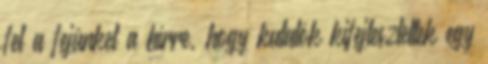
fel a fejünket a hírre, hogy kutatók kifejlesztettek egy